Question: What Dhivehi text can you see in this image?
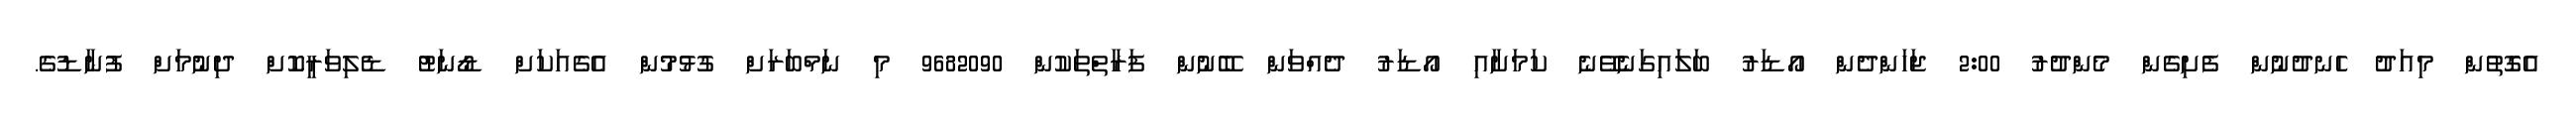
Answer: އެގޮތުން މިއަދު ހެނދުނުން ފެށިގެން މެންދުރު 2:00 ޖަހަންދެން އޯޑަރު ބަލައިގަނެވޭނެ ކަމަށާއި އޯޑަރު ދެއްވަން ބޭނުން ފަރާތްތަކުން 9682090 މި ނަމްބަރަށް ގުޅުމުން އެގެއަކަށް ޑޯނަޓު ޑެލިވަރީކޮށް ދިނުމަށް ފުނާޑުގެ.